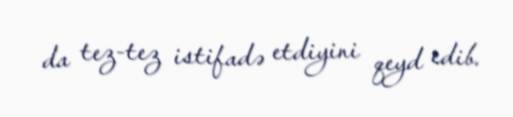
da tez-tez istifadə etdiyini qeyd edib.